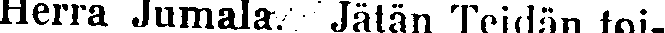
Herra Jumala. Jätän Teidän toi-